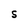
Character: S